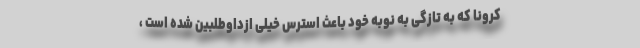
کرونا که به تازگی به نوبه خود باعث استرس خیلی ازداوطلبین شده است ،